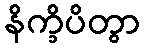
နိက္ခိပိတွာ